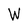
Character: W